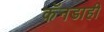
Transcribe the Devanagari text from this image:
कॅनडाही